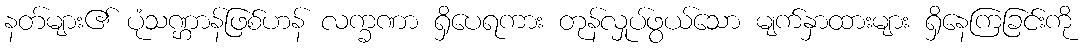
နတ်များ၏ ပုံသဏ္ဌာန်ဖြစ်ဟန် လက္ခဏာ ရှိပေရကား တုန်လှုပ်ဖွယ်သော မျက်နှာထားများ ရှိနေကြခြင်းကို